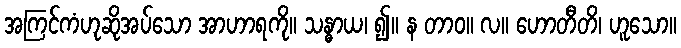
အကြင်ကံဟုဆိုအပ်သော အာဟာရကို။ သန္ဓာယ၊ ၍။ န တာဝ။ လ။ ဟောတီတိ၊ ဟူသော။